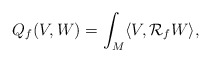
\begin{align*}Q_f(V,W) = \int_M \langle V, {\mathcal R}_f W \rangle,\end{align*}